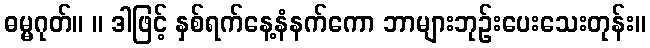
ဓမ္မဂုတ်။ ။ ဒါဖြင့် နှစ်ရက်နေ့နံနက်ကော ဘာများဘုဉ်းပေးသေးတုန်း။